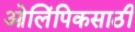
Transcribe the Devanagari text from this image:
ओलिंपिकसाठी